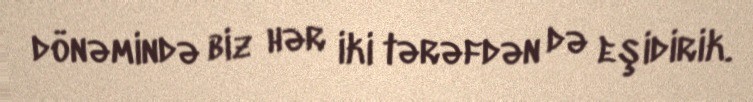
dönəmində biz hər iki tərəfdən də eşidirik.